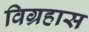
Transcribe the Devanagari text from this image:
विग्रहास